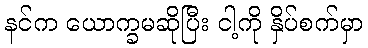
နင်က ယောက္ခမဆိုပြီး ငါ့ကို နှိပ်စက်မှာ